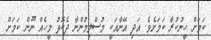
ކަމަށް ހީނުކުރާ ކަމަށެވެ. އަދި އޭނާއަކީ މުސްލިމުންނާ ދެކޮޅު މީހެއް ނޫން ކަމަށް